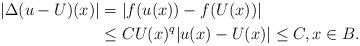
LaTeX: \begin{align*}|\Delta (u-U)(x)| & =|f(u(x))-f(U(x))| \\& \le C U(x)^q |u(x)-U(x)| \le C, x\in B.\end{align*}